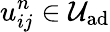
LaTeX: u_{ij}^{n}\in\mathcal{U}_{\textrm{ad}}